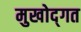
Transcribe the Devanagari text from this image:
मुखोद्गत